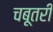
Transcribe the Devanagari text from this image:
चबूतरी